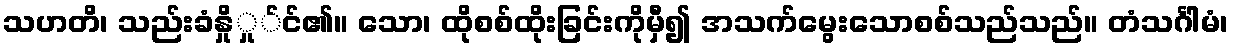
သဟတိ၊ သည်းခံနှိုှု်င်၏။ သော၊ ထိုစစ်ထိုးခြင်းကိုမှီ၍ အသက်မွေးသောစစ်သည်သည်။ တံသင်္ဂါမံ၊